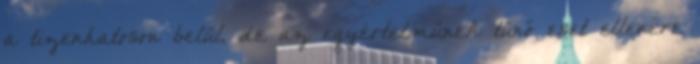
a tizenhatoson belül, de az egyértelműnek tűnő eset ellenére